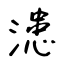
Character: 漶